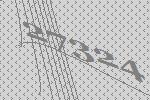
27324